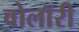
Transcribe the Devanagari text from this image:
वोलॉरी